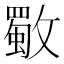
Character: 𣀈